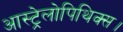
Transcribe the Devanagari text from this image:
आस्ट्रेलोपिथिक्स।